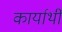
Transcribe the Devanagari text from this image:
कार्यार्थी